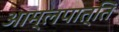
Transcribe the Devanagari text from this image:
आम्लपात्ति